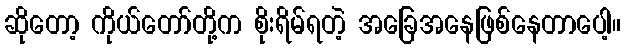
ဆိုတော့ ကိုယ်တော်တို့က စိုးရိမ်ရတဲ့ အခြေအနေဖြစ်နေတာပေါ့။